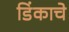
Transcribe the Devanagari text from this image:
डिंकाचे